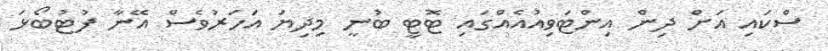
ސްކައި އަށް ދިން އިންޓަވިއުއެއްގައި ޓޮޓީ ބުނީ މިދިޔަ އަހަރުވެސް އޭނާ ފުޓުބޯޅަ